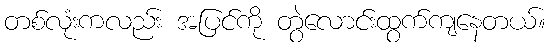
တစ်လုံးကလည်း အပြင်ကို တွဲလောင်းထွက်ကျနေတယ်။